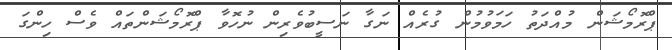
ޕްރޮމޯޝަން މުއްދަތު ހަމަވުމުން ގުރެއް ނަގާ ނަސީބުވެރިން ނުހޮވާ ޕްރޮމޯޝަންތައް ވެސް ހިންގަ